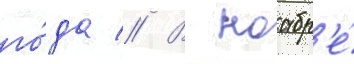
го́да // В ноабр'е́